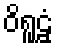
ဝိရူဠှံ